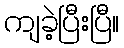
ကျခဲ့ပြီးပြီ။